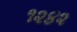
૧૨૪૨